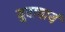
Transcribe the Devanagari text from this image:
युवाचार्य